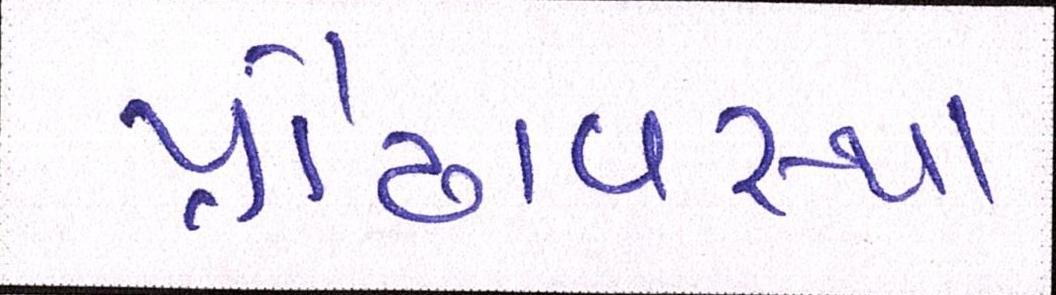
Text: પ્રૌઢાવસ્થા